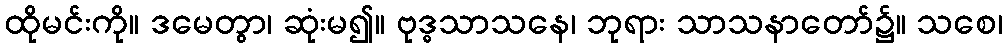
ထိုမင်းကို။ ဒမေတွာ၊ ဆုံးမ၍။ ဗုဒ္ဓသာသနေ၊ ဘုရား သာသနာတော်၌။ သစေ၊